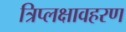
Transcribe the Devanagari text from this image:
त्रिप्लक्षावहरण